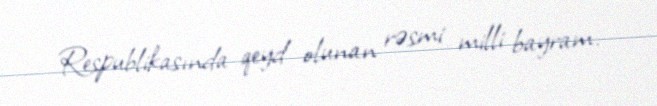
Respublikasında qeyd olunan rəsmi milli bayram.